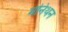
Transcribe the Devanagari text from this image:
मनिथन